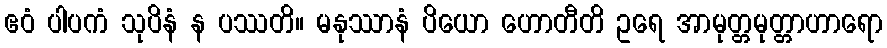
ဧဝံ ပါပကံ သုပိနံ န ပဿတိ။ မနုဿာနံ ပိယော ဟောတီတိ ဥရေ အာမုတ္တမုတ္တာဟာရော